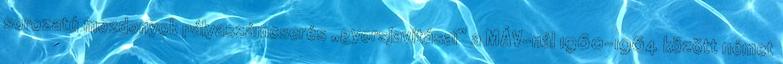
sorozatú mozdonyok pályaszámcserés „gyorsjavításai” a MÁV-nál 1960–1964 között német